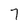
Character: 7